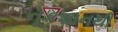
નૂકશાનથી